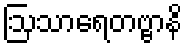
ဩသာရေတဗ္ဗာနိ